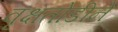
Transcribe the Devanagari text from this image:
वृक्षतोडीने